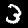
Digit: 3